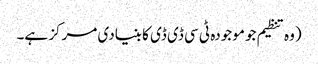
(وہ تنظیم جو موجودہ ٹی سی ڈی ڈی کا بنیادی مرکز ہے۔